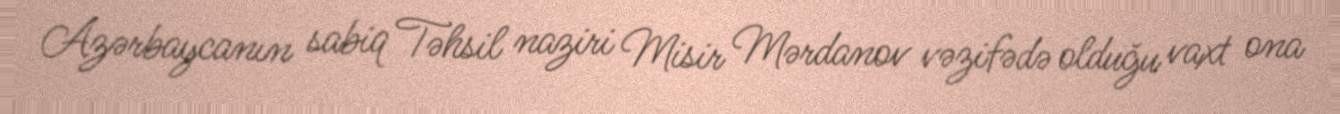
Azərbaycanın sabiq Təhsil naziri Misir Mərdanov vəzifədə olduğu vaxt ona